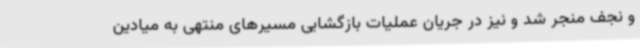
و نجف منجر شد و نیز در جریان عملیات بازگشایی مسیرهای منتهی به میادین